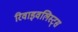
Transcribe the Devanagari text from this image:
रिवाइवलिस्ट्स